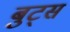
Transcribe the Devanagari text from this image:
बुट्स